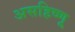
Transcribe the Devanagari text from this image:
असहिष्णू